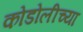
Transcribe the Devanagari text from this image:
कोडोलीच्या